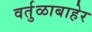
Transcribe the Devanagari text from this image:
वर्तुळाबाहेर